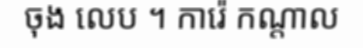
ចុង លេប ។ ការ៉េ កណ្តាល